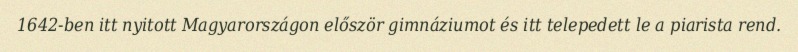
1642-ben itt nyitott Magyarországon először gimnáziumot és itt telepedett le a piarista rend.